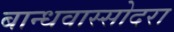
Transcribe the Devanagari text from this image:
बान्धवास्सोदरा